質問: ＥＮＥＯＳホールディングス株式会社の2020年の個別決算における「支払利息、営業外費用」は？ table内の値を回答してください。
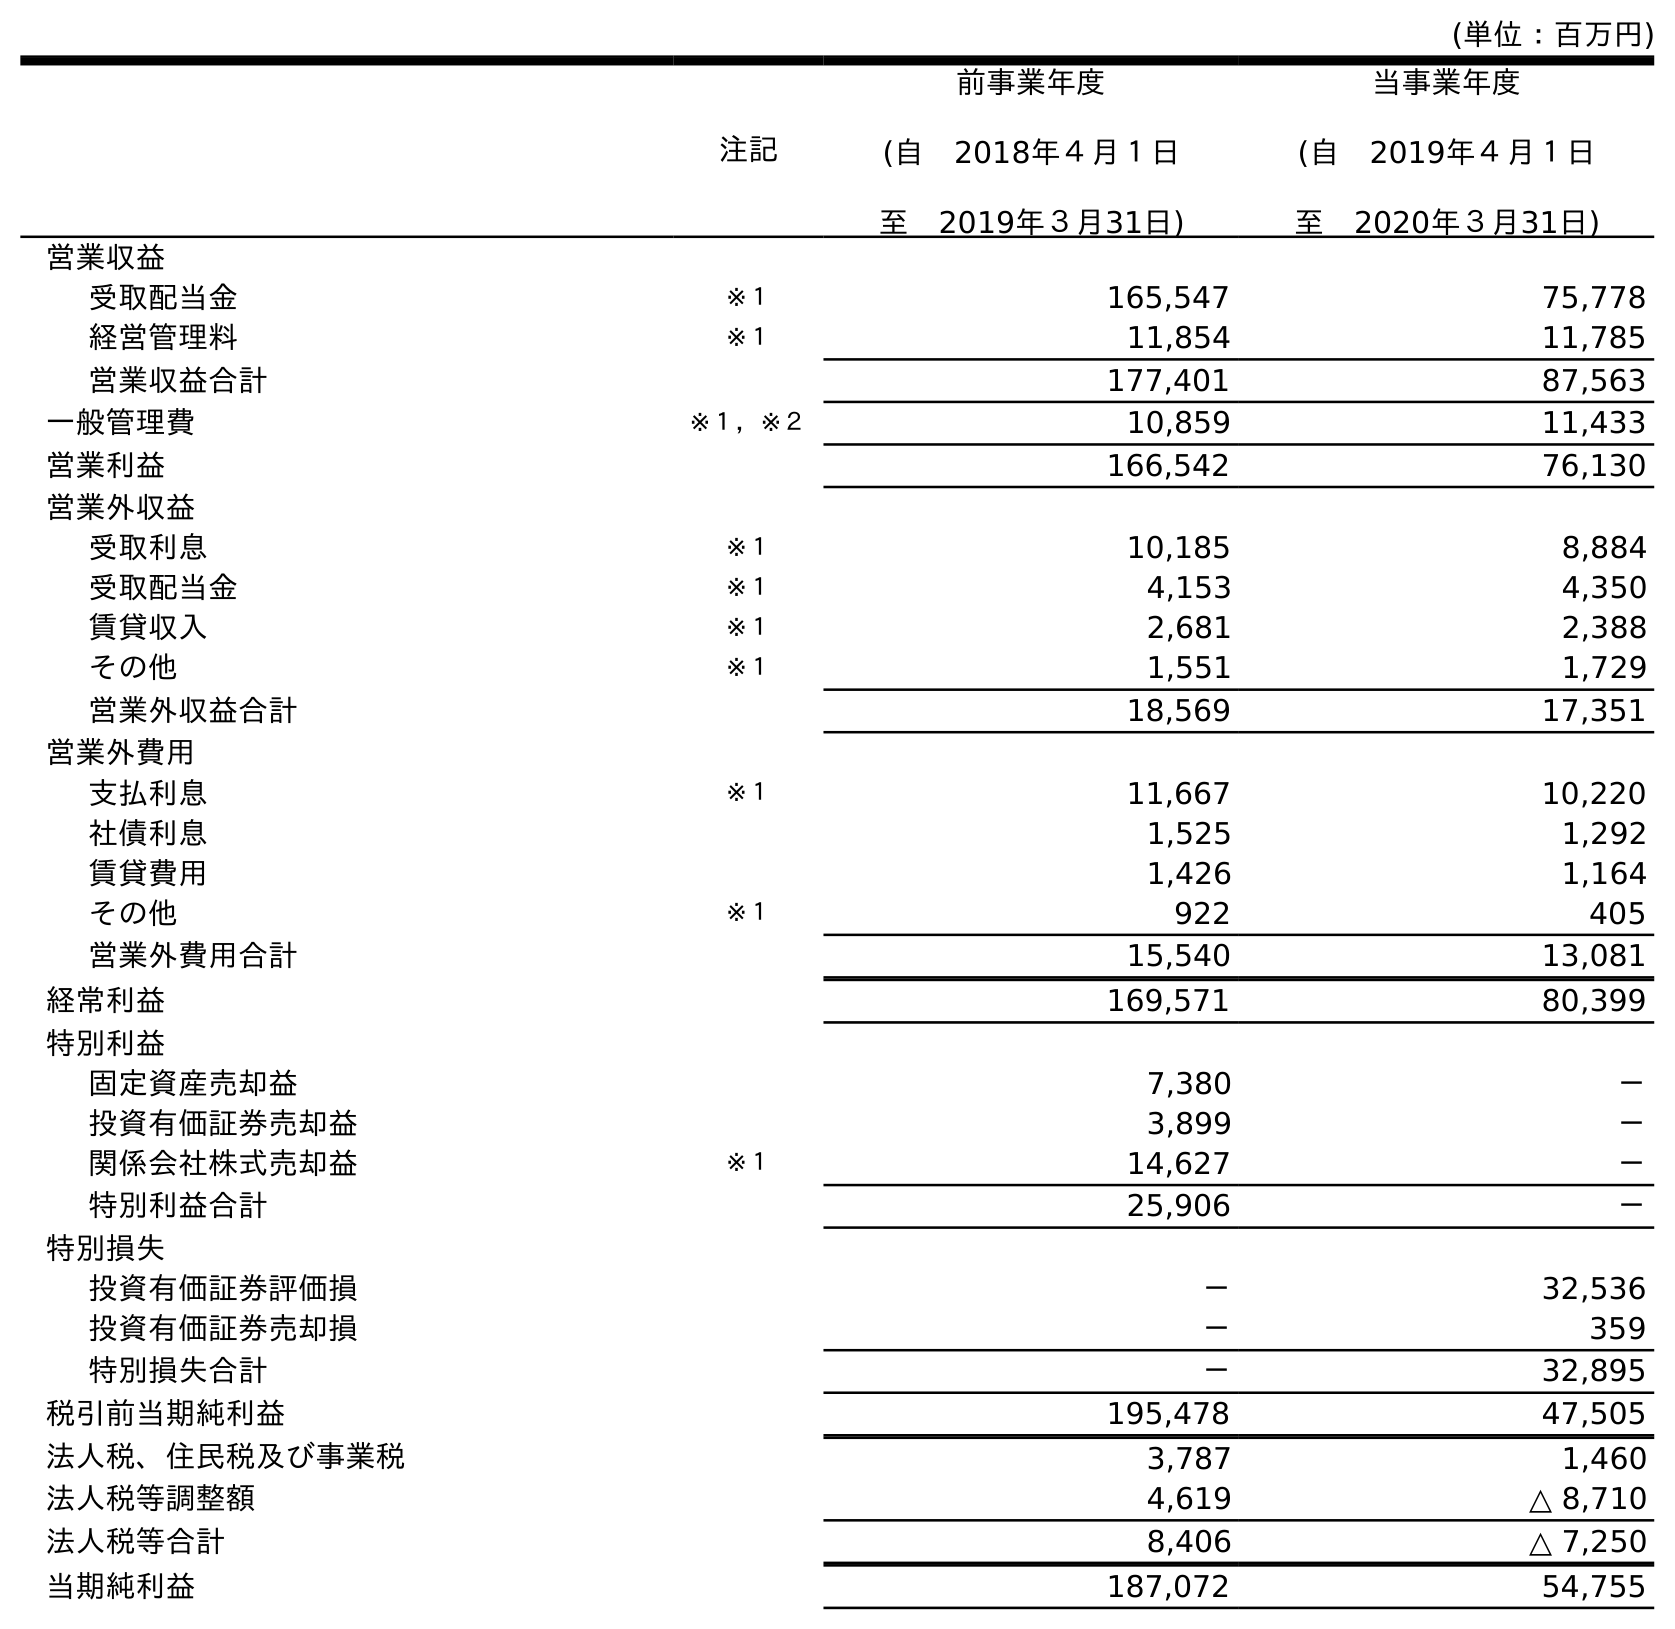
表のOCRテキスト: (単位：百万円) 注記 前事業年度 (自 2018年４月１日 至 2019年３月31日) 当事業年度 (自 2019年４月１日 至 2020年３月31日) 営業収益 受取配当金 ※１ 165,547 75,778 経営管理料 ※１ 11,854 11,785 営業収益合計 177,401 87,563 一般管理費 ※１，※２ 10,859 11,433 営業利益 166,542 76,130 営業外収益 受取利息 ※１ 10,185 8,884 受取配当金 ※１ 4,153 4,350 賃貸収入 ※１ 2,681 2,388 その他 ※１ 1,551 1,729 営業外収益合計 18,569 17,351 営業外費用 支払利息 ※１ 11,667 10,220 社債利息 1,525 1,292 賃貸費用 1,426 1,164 その他 ※１ 922 405 営業外費用合計 15,540 13,081 経常利益 169,571 80,399 特別利益 固定資産売却益 7,380 － 投資有価証券売却益 3,899 － 関係会社株式売却益 ※１ 14,627 － 特別利益合計 25,906 － 特別損失 投資有価証券評価損 － 32,536 投資有価証券売却損 － 359 特別損失合計 － 32,895 税引前当期純利益 195,478 47,505 法人税、住民税及び事業税 3,787 1,460 法人税等調整額 4,619 △ 8,710 法人税等合計 8,406 △ 7,250 当期純利益 187,072 54,755
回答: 10,220